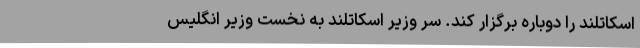
اسکاتلند را دوباره برگزار کند. سر وزیر اسکاتلند به نخست وزیر انگلیس